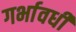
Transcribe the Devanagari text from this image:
गर्भावधी